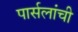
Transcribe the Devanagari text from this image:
पार्सलांची